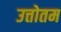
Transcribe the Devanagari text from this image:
उत्तोतम